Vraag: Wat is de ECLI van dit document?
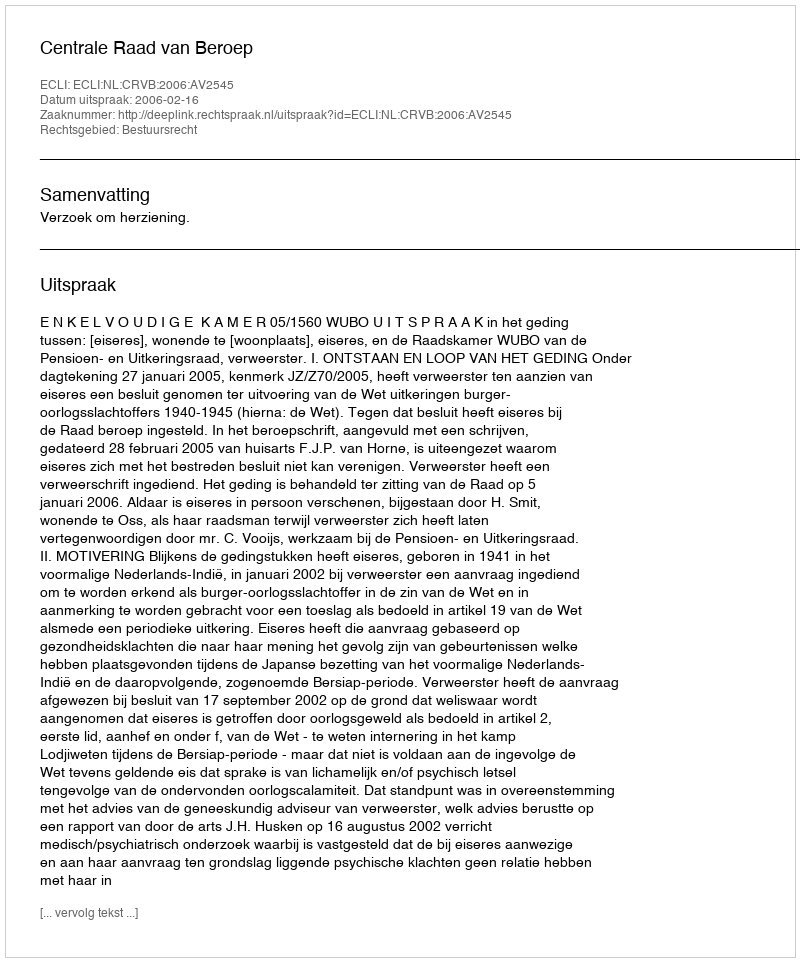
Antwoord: ECLI:NL:CRVB:2006:AV2545